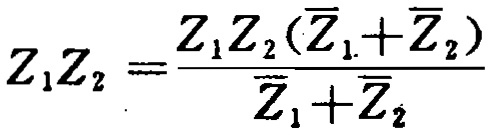
\[
Z_{1}Z_{2}=\frac{Z_{1}Z_{2}(\overline{Z}_{1}+\overline{Z}_{2})}{\overline{Z}_{1}+\overline{Z}_{2}}
\]